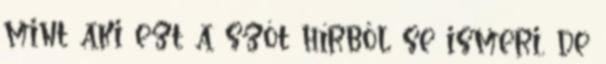
mint aki ezt a szót hírből se ismeri, de